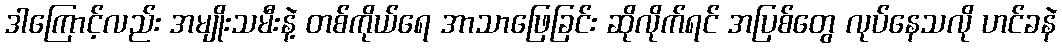
ဒါကြောင့်လည်း အမျိုးသမီးနဲ့ တစ်ကိုယ်ရေ အာသာဖြေခြင်း ဆိုလိုက်ရင် အပြစ်တွေ လုပ်နေသလို ဟင်ခနဲ